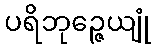
ပရိဘုဉ္ဇေယျုံ